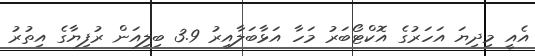
އެއީ މިދިޔަ އަހަރުގެ އޮކްޓޯބަރު މަހާ އަޅާބަލާއިރު 3.9 ބިލިއަން ރުފިޔާގެ އިތުރު